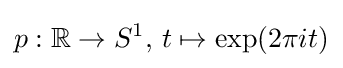
p:\mathbb {R} \to S^{1},\,t\mapsto \exp(2\pi it)